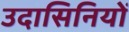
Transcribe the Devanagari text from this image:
उदासिनियों